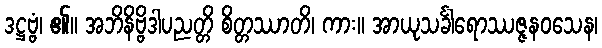
ဒဋ္ဌဗ္ဗံ၊ ၏။ အဘိနိဗ္ဗိဒါပညတ္တိ စိတ္တဿာတိ၊ ကား။ အာယုသင်္ခါရောဿဇ္ဇနဝသေန၊